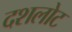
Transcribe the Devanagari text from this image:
दशलोट